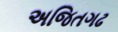
અજિતગઢ